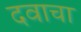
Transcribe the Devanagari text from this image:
दवाचा